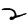
Digit: 2